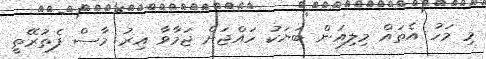
މި މަހު އެތައް މިލިއަން ބަޔަކު ހައްޖަށް ޖަމާވާ އިރު މާސް ފެތުރޭތީ